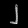
Digit: ၂